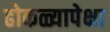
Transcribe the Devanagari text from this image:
ढोकळ्यापेक्षा